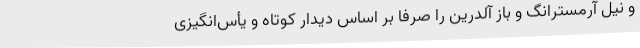
و نیل آرمسترانگ و باز آلدرین را صرفا بر اساس دیدار کوتاه و یأس‌انگیزی